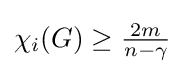
\chi _{i}(G)\geq {\tfrac {2m}{n-\gamma }}